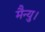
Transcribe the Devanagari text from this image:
मैन्यु।